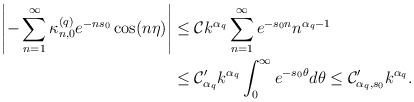
\begin{align*} \left|- \sum\limits_{n=1}^{\infty}\kappa_{n,0}^{(q)} e^{-ns_0}\cos(n\eta)\right| &\leq \mathcal{C}k^{\alpha_q}\sum\limits_{n=1}^{\infty}e^{-s_0n} n^{\alpha_q-1} \\ & \leq \mathcal{C}_{\alpha_q}' k^{\alpha_q} \int_{0}^{\infty} e^{-s_0 \theta}d\theta \leq \mathcal{C}_{\alpha_q, s_0}' k^{\alpha_q}. \end{align*}